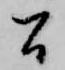
間